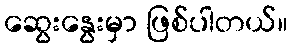
ဆွေးနွေးမှာ ဖြစ်ပါတယ်။